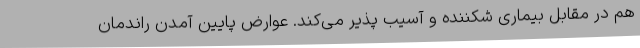
هم در مقابل بیماری شکننده و آسیب پذیر می‌کند. عوارض پایین آمدن راندمان